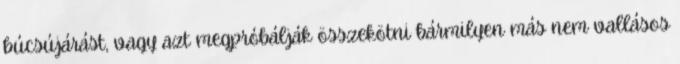
búcsújárást, vagy azt megpróbálják összekötni bármilyen más nem vallásos